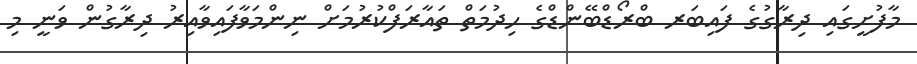
މާފުށީގައި ދިރާގުގެ ފައިބަރ ބްރޯޑްބޭންޑްގެ ހިދުމަތް ތައާރަފްކުރުމަށް ނިންމަވާފައިވާއިރު ދިރާގުން ވަނީ މި